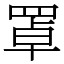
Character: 罩